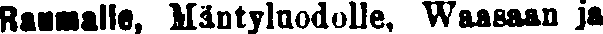
Raumalle, Mäntyluodolle, Waasaan ja